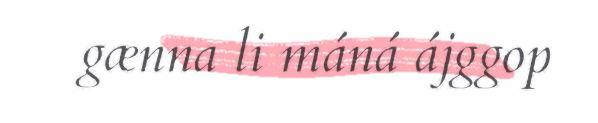
gænna li máná ájggop